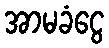
အာမခံငွေ